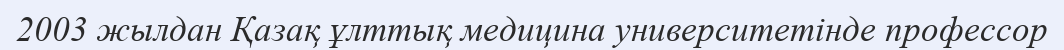
2003 жылдан Қазақ ұлттық медицина университетінде профессор